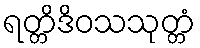
ရတ္တိဒိဝသသုတ္တံ